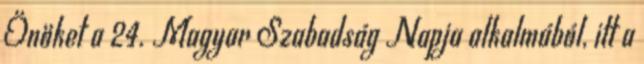
Önöket a 24. Magyar Szabadság Napja alkalmából, itt a